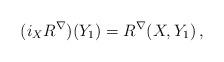
LaTeX: \begin{align*}(i_XR^{\nabla})(Y_1)=R^{\nabla}(X,Y_1)\, ,\end{align*}